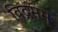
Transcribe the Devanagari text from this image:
विद्रुमम्